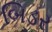
બિડર